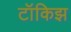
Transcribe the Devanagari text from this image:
टॉकिझ